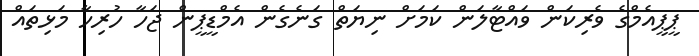
ޕީޕީއެމްގެ ވެރިކަން ވައްޓާލަން ކަމަށް ނިޔަތް ގަނެގެން އެމްޑީޕީން ޖަހާ ހުރިހާ މަޅިތައް